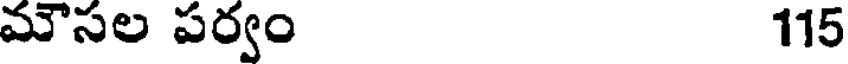
మౌసల పర్వం 115